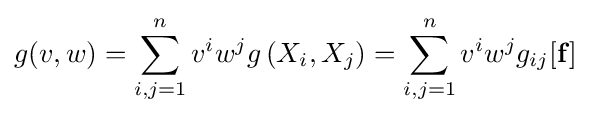
g(v,w)=\sum _{i,j=1}^{n}v^{i}w^{j}g\left(X_{i},X_{j}\right)=\sum _{i,j=1}^{n}v^{i}w^{j}g_{ij}[\mathbf {f} ]